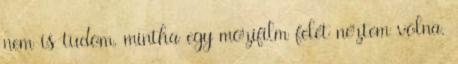
nem is tudom, mintha egy mozifilm felét néztem volna.